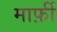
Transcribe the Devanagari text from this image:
मार्फ़ी